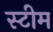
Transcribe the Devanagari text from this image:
स्‍टीम